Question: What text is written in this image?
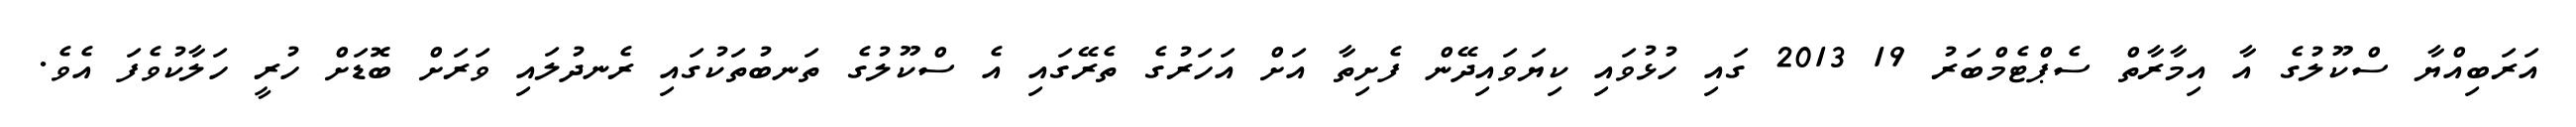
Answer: އަރަބިއްޔާ ސްކޫލުގެ އާ އިމާރާތް ސެޕްޓެމްބަރު 19 2013 ގައި ހުޅުވައި ކިޔަވައިދޭން ފެށިތާ އަށް އަހަރުގެ ތެރޭގައި އެ ސްކޫލުގެ ތަނބުތަކުގައި ރެނދުލައި ވަރަށް ބޮޑަށް ހުރީ ހަލާކުވެފަ އެވެ.